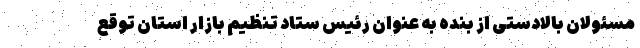
مسئولان بالادستی از بنده به عنوان رئیس ستاد تنظیم بازار استان توقع